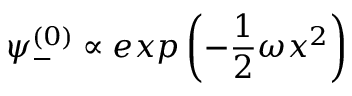
\psi _ { - } ^ { ( 0 ) } \propto e x p \left( - \frac { 1 } { 2 } \omega x ^ { 2 } \right)